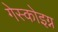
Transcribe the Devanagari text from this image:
गेस्कोइग्न